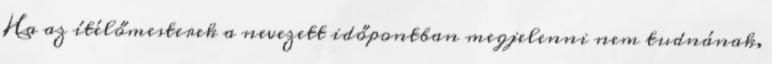
Ha az ítélőmesterek a nevezett időpontban megjelenni nem tudnának,